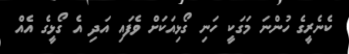
ކެނެރީގެ ހުންނަ މަގަކީ ހަނި ގޯޅިއަކަށް ވެފައި އަދި އެ ގޯޅީގެ އެއް